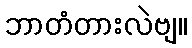
ဘာတံတားလဲဗျ။